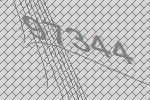
97344